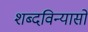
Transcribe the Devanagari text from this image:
शब्दविन्यासों